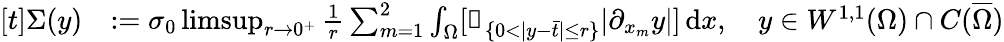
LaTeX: \begin{array}{rl}{[t]\Sigma(y)}&{:=\sigma_{0}\operatorname*{limsup}_{r\to 0^{+}}\frac{1}{r}\sum_{m=1}^{2}\int_{\Omega}[\mathbb{1}_{\{ 0<|y-\bar{t}|\leq r\} }|\partial_{x_{m}}y|]\, \mathrm{d}x,\quad y\in W^{1,1}(\Omega)\cap C(\overline{\Omega})}\end{array}